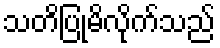
သတိပြုမိလိုက်သည်